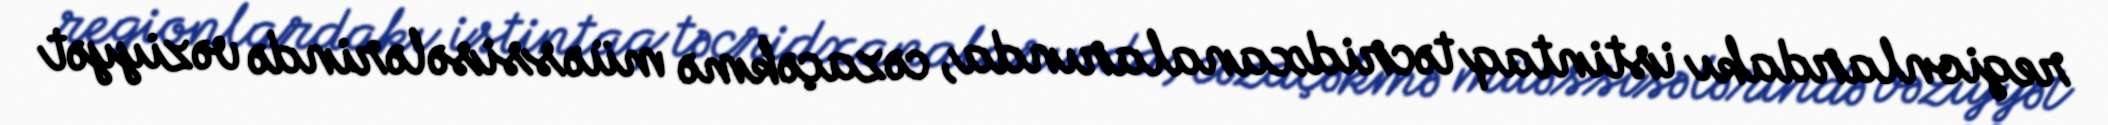
regionlardakı istintaq təcridxanalarında, cəzaçəkmə müəssisələrində vəziyyət